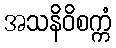
အသနိဝိစက္ကံ